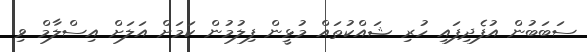
ސަބަބުން އުފެދިފައި ހުރި ޝައްކުތައް މުޅީން ފިލުމުން ކަމަށް އަލަށް އިސްލާމް ވި